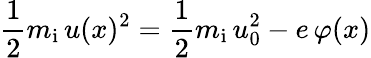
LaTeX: {\frac{1}{2}}m_{\mathrm{i}}\, u(x)^{2}={\frac{1}{2}}m_{\mathrm{i}}\, u_{0}^{2}-e\, \varphi(x)